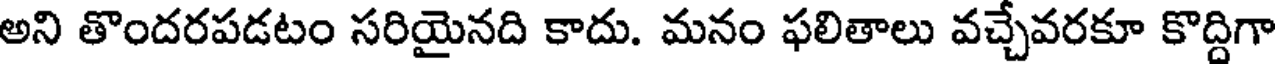
అని తొందరపడటం సరియైనది కాదు. మనం ఫలితాలు వచ్చేవరకూ కొద్దిగా